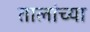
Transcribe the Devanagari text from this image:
तालांच्या